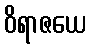
ဝိရာဇယေ